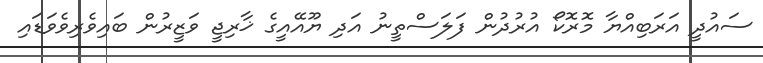
ސައުދީ އަރަބިއްޔާ މޮރޮކޯ އުރުދުން ފަލަސްތީނު އަދި ޔޫއޭއީގެ ޚާރިޖީ ވަޒީރުން ބައިވެރިވެވަޑައި